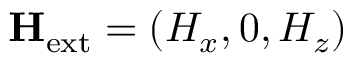
\mathbf { H } _ { \mathrm { e x t } } = ( H _ { x } , 0 , H _ { z } )